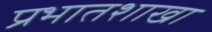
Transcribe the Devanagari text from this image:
प्रभातशाखा